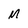
Character: M